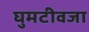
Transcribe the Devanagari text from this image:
घुमटीवजा